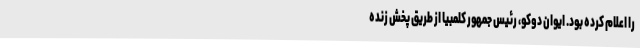
را اعلام کرده بود. ایوان دوکو، رئیس جمهور کلمبیا از طریق پخش زنده